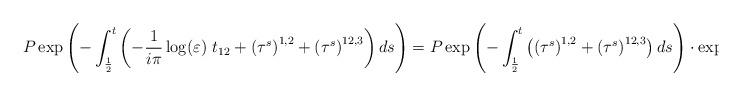
LaTeX: \begin{align*}P\exp\left(-\int_{\frac 1 2}^t\left(-\frac{1}{i\pi}\log(\varepsilon)\ t_{12}+\left(\tau^s\right)^{1,2}+\left(\tau^s\right)^{12,3}\right)ds\right)=P\exp\left( -\int_{\frac 1 2}^t \left( \left(\tau^s\right)^{1,2}+\left(\tau^s\right)^{12,3} \right)ds \right)\cdot \exp\left(-\frac{2t-1}{2\pi i}\log(\varepsilon)\ t_{12} \right)\end{align*}